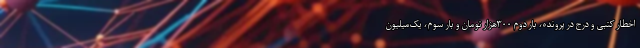
اخطار کتبی و درج در پرونده، بار دوم ۳۰۰هزار تومان و بار سوم، یک‌میلیون